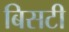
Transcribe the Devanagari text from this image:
बिसटी